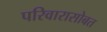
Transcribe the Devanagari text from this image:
परिवारासोबत